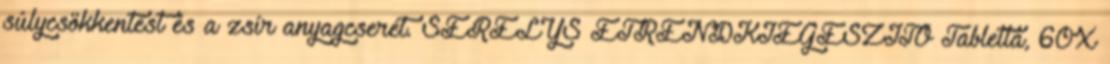
súlycsökkentést és a zsír anyagcserét. SÉRÉLYS ÉTRENDKIEGÉSZÍTŐ Tabletta, 60X